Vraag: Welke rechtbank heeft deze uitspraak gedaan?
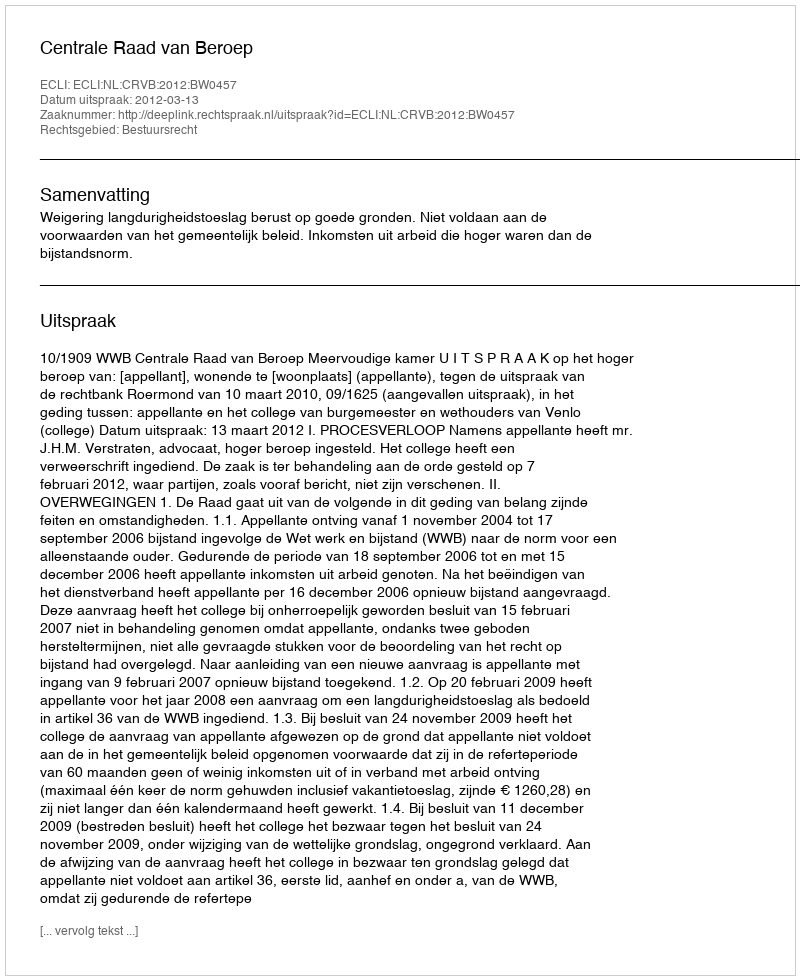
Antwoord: Centrale Raad van Beroep